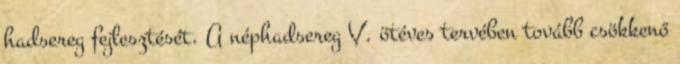
hadsereg fejlesztését. A néphadsereg V. ötéves tervében tovább csökkenő